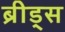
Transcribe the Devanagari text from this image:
ब्रीड्स